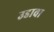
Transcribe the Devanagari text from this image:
उडावा